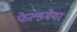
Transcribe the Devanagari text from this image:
फेल्डमेयर